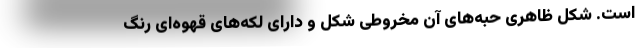
است. شکل ظاهری حبه‌های آن مخروطی شکل و دارای لکه‌های قهوه‌ای رنگ